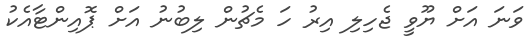
ވަނަ އަށް ޔޫވީ ޖެހިލި އިރު ހަ މެޗުން ލިބުނު އަށް ޕޮއިންޓާއެކު